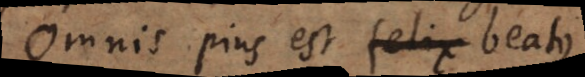
Omnis pius est felix beatus.